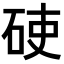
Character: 𥒅